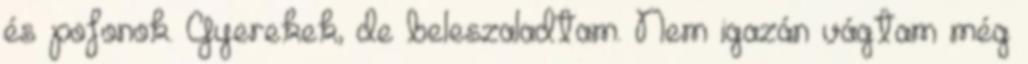
és pofonok. Gyerekek, de beleszaladtam. Nem igazán vágtam még